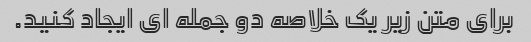
برای متن زیر یک خلاصه دو جمله ای ایجاد کنید.